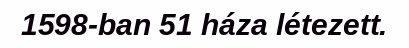
1598-ban 51 háza létezett.